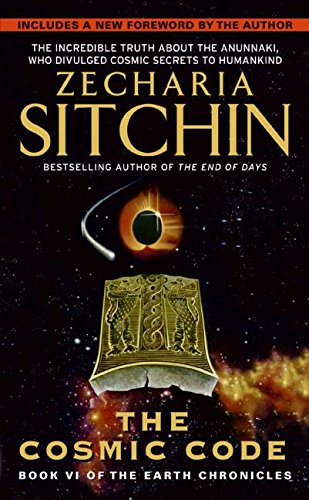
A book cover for cosmic code: Book VI of the Earth Chronicles; Zecharia Sitchin; Science & Math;